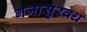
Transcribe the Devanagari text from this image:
गजासुरवध